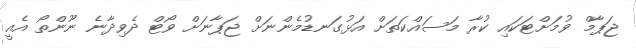
ޖަޕާމް ވުމަށްޓަކައި ކުރާ މަސައްކަތަށް އަޅުގަނޑުމެންނަށް ޖަޕާނަށް ވޯޓް ދެވިދާނެ ނޫންތޯ އެއީ